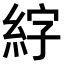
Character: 𫃣